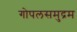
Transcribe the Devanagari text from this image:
गोपलसमुद्रम